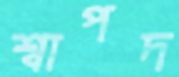
শ্বাপদ